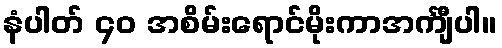
နံပါတ် ၄၀ အစိမ်းရောင်မိုးကာအင်္ကျီပါ။